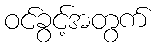
ဝင်ခွင့်အတွက်